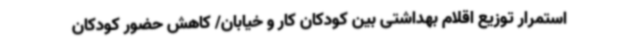
استمرار توزیع اقلام‌ بهداشتی بین کودکان کار و خیابان/ کاهش حضور کودکان